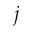
j